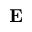
{ \bf E }